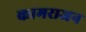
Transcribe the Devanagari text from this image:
कामराजन